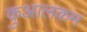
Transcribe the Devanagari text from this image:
कुआलकम